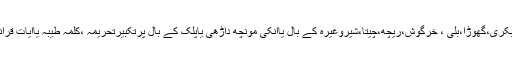
اب سوال یہ ہے کہ گائے ،بیل ،بکری،گھوڑا،بلی ، خرگوش،ریچھ،چیتا،شیروغیرہ کے بال یاانکی مونچھ داڑھی یاپلک کے بال پرتکبیرتحریمہ ،کلمہ طیبہ یاآیات قرآنیہ لکھناجائز ودرست ہے یانہیں۔